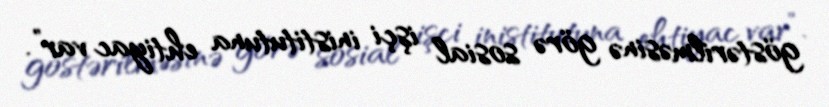
göstərilməsinə görə sosial işçi inistitutuna ehtiyac var”.